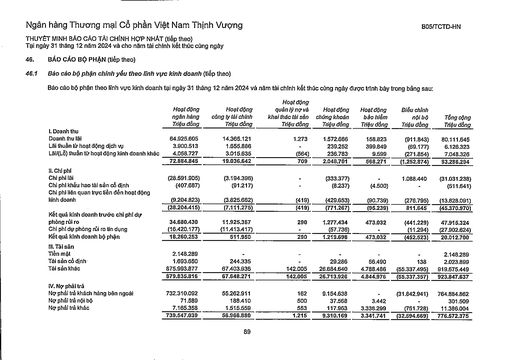
||Hoạt động ngân hàng Triệu đồng|Hoạt động công ty tài chính Triệu đồng|Hoạt động quản lý nợ và khai thác tài sản Triệu đồng|Hoạt động chứng khoán Triệu đồng|Hoạt động bảo hiểm Triệu đồng|Điều chỉnh nội bộ Triệu đồng|Tổng cộng Triệu đồng| |---|---|---|---|---|---|---|---| |I. Doanh thu|||||||| |Doanh thu lãi|64.925.605|14,365,121|1.273|1.572.666|158.823|(911.843)|80.111.645| |Lãi thuần từ hoạt động dịch vụ|3.900.513|1.655.886||239.252|399.849|(69.177)|6.126.323| |Lãi/(Lỗ) thuần từ hoạt động kinh doanh khác|4.058.727|3.015.635|(564)|236.783|9.599|(271.854)|7.048.326| ||72.884.845|19.036.642|709|2.048.701|568.271|(1.252.874)|93.286.294| |II. Chi phí|||||||| |Chi phí lãi|(28.591.905)|(3.194.396)|-|(333.377)||1.088.440|(31.031.238)| |Chi phí khấu hao tài sản cố định|(407.687)|(91.217)||(8.237)|(4.500)||(511.641)| |Chi phí liên quan trực tiếp đến hoạt động kinh doanh|(9.204.823)|(3.825.662)|(419)|(429.653)|(90.739)|(276.795)|(13.828.091)| ||(38.204.415)|(7.111.275)|(419)|(771.267)|(95.239)|811,645|(45.370.970)| |Kết quả kinh doanh trước chi phí dự phòng rủi ro|34.680.430|11.925.367|290|1.277.434|473.032|(441.229)|47.915.324| |Chi phí dự phòng rủi ro tín dụng|(16.420.177)|(11.413.417)|-|(57.736)|-|(11.294)|(27.902.624)| |Kết quả kinh doanh bộ phận|18.260.253|511.950|290|1.219.698|473.032|(452.523)|20.012.700| |III. Tài sản|||||||| |Tiền mặt|2.148.289||-||||2.148.289| |Tài sản cố định|1.693.650|244.335||29.286|56.490|138|2.023.899| |Tài sản khác|875.993.877|67.403.936|142.005|26.684.640|4.788.486|(55.337.495)|919.675.449| ||879.835.816|67.648.271|142.005|26.713.926|4.844.976|(55.337.357)|923.847.637| |IV. Nợ phải trả|||||||| |Nợ phải trả khách hàng bên ngoài|732.310.092|55.262.911|162|9.154.638||(31.842.941)|764.884.862| |Nợ phải trả nội bộ|71.589|188.410|500|37.568|3.442||301.509| |Nợ phải trả khác|7.165.358|1.515.559|553|117.963|3.338.299|(751.728)|11.386.004| ||739.547.039|56.966.880|1.215|9.310.169|3.341.741|(32.594.669)|776.572.375|